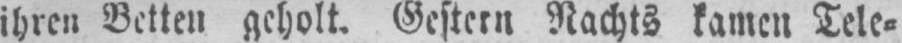
ihren Betten geholt. Gestern Nachts kamen Tele⸗